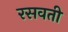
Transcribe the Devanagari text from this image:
रसवती